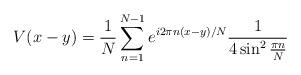
LaTeX: \begin{align*}V(x-y)=\frac{1}{N}\sum^{N-1}_{n=1} e^{i 2\pi n (x-y)/N}\frac{1}{4\sin^2\frac{\pi n}{N}}\end{align*}